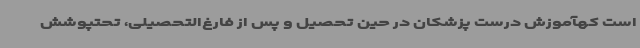
است کهآموزش درست پزشکان در حین تحصیل و پس از فارغ‌التحصیلی، تحتپوشش